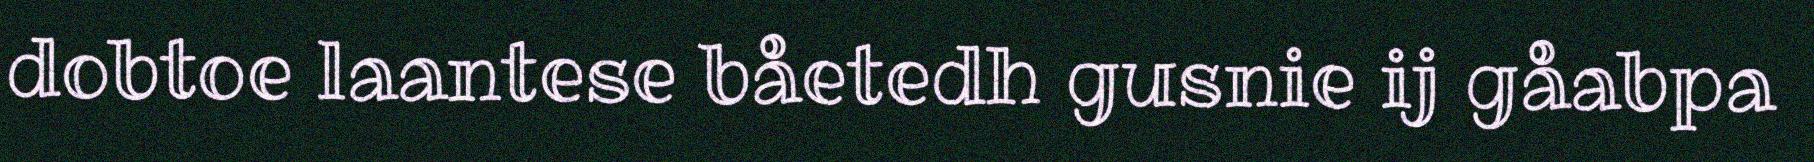
dobtoe laantese båetedh gusnie ij gåabpa